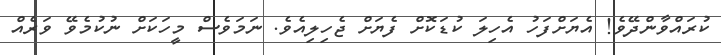
ކުރައްވާންދޭވެ! އެޔަށްފަހު އެހިލަ ކުޑަކޮށް ފެޔަށް ޖެހިލިއެވެ. ނަމަވެސް މީހަކަށް ނުކުމެވޭ ވަރެއް